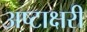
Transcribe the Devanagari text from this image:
अष्टाक्षरी